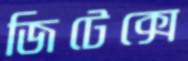
জিটেক্সে